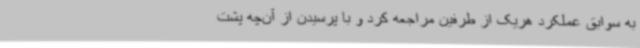
به سوابق عملکرد هریک از طرفین مراجعه کرد و با ‌پرسیدن از آن‌چه پشت